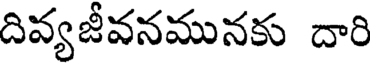
దివ్యజీవనమునకు దారి